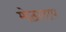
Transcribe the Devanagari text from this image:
मोठाताप